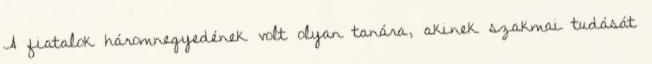
A fiatalok háromnegyedének volt olyan tanára, akinek szakmai tudását